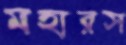
মহারস